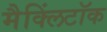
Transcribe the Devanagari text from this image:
मैक्लिंटॉक